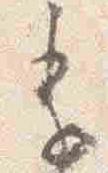
季